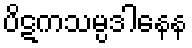
ပိဋကသမ္ပဒါနေန